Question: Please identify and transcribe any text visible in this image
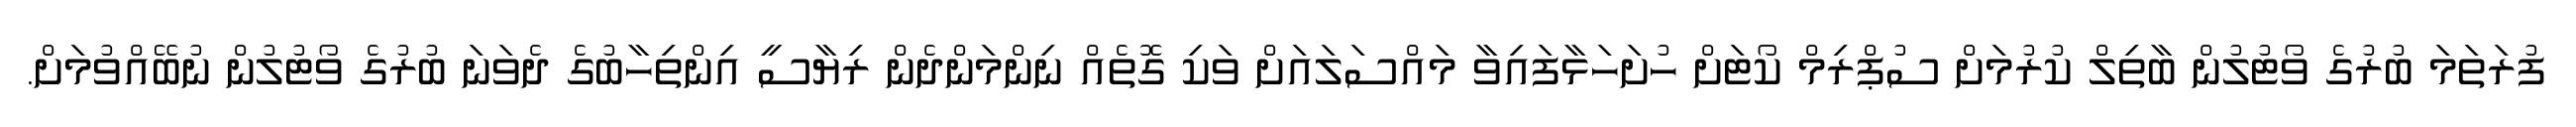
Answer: ފުރަތަމަ ބުރުގެ ވޯޓުލުން ބާތިލް ކުރުމަށް ސުޕްރިމް ކޯޓަށް ހުށަހަޅާފައިވާ މައްސަލައަށް ވަކި ގޮތެއް ނިންމަންދެން ރިޔާސީ އިންތިހާބުގެ ދެވަނަ ބުރުގެ ވޯޓުލުން ނުބޭއްވުމަށް.